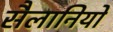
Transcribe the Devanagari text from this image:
सैलानियों